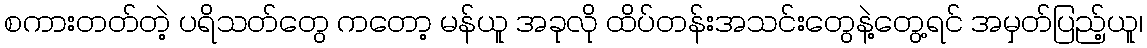
စကားတတ်တဲ့ ပရိသတ်တွေ ကတော့ မန်ယူ အခုလို ထိပ်တန်းအသင်းတွေနဲ့တွေ့ရင် အမှတ်ပြည့်ယူ၊